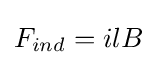
{F}_{ind}=ilB